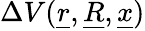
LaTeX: \Delta V(\underline{{r}},\underline{{R}},\underline{{x}})